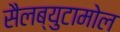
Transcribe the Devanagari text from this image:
सैलब्युटामोल